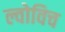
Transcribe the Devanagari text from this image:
ल्वोविच